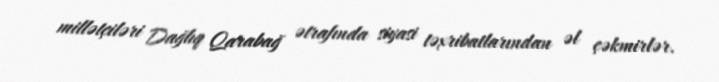
millətçiləri Dağlıq Qarabağ ətrafında siyasi təxribatlarından əl çəkmirlər.